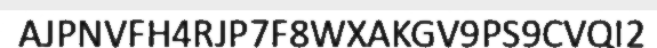
AJPNVFH4RJP7F8WXAKGV9PS9CVQI2